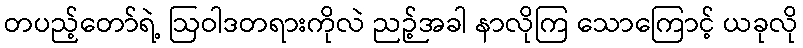
တပည့်တော်ရဲ့ ဩဝါဒတရားကိုလဲ ညဉ့်အခါ နာလိုကြ သောကြောင့် ယခုလို